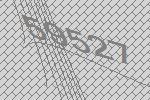
59527